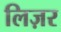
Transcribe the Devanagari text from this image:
लिज़र